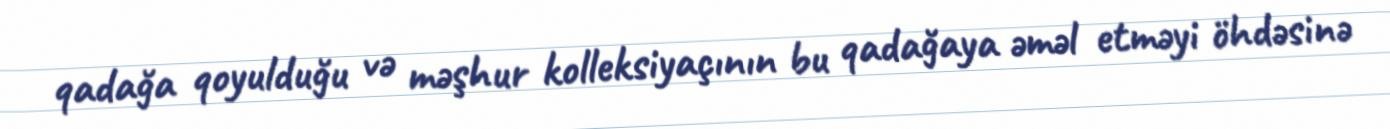
qadağa qoyulduğu və məşhur kolleksiyaçının bu qadağaya əməl etməyi öhdəsinə